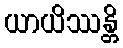
ယာယိဿန္တိ